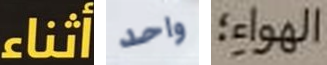
أثناء واحد الهواء؛